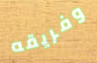
وفريقه